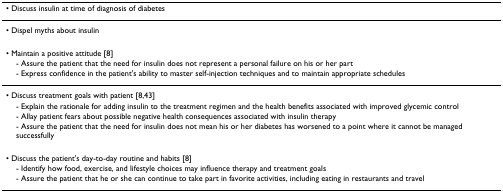
<table><thead><tr><td><b>• Discuss insulin at time of diagnosis of diabetes</b></td></tr></thead><tbody><tr><td>• Dispel myths about insulin</td></tr><tr><td>• Maintain a positive attitude [8]</td></tr><tr><td> - Assure the patient that the need for insulin does not represent a personal failure on his or her part</td></tr><tr><td> - Express confidence in the patient&#x27;s ability to master self-injection techniques and to maintain appropriate schedules</td></tr><tr><td>• Discuss treatment goals with patient [8,43]</td></tr><tr><td> - Explain the rationale for adding insulin to the treatment regimen and the health benefits associated with improved glycemic control</td></tr><tr><td> - Allay patient fears about possible negative health consequences associated with insulin therapy</td></tr><tr><td> - Assure the patient that the need for insulin does not mean his or her diabetes has worsened to a point where it cannot be managed successfully</td></tr><tr><td>• Discuss the patient&#x27;s day-to-day routine and habits [8]</td></tr><tr><td> - Identify how food, exercise, and lifestyle choices may influence therapy and treatment goals</td></tr><tr><td> - Assure the patient that he or she can continue to take part in favorite activities, including eating in restaurants and travel</td></tr></tbody></table>